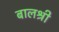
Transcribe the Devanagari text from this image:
बालश्री